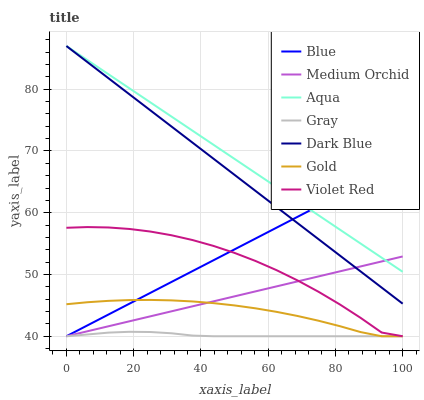
| xaxis_label | Blue | Medium Orchid | Aqua | Gray | Dark Blue | Gold | Violet Red |
 | --- | --- | --- | --- | --- | --- | --- | --- |
 | 0 | 40 | 40 | 87 | 40 | 87 | 45.2 | 57.6 |
 | 6.25 | 41.8 | 40.8 | 84.7 | 40.3 | 84.4 | 45.5 | 57.7 |
 | 12.5 | 43.5 | 41.6 | 82.4 | 40.6 | 81.8 | 45.7 | 57.6 |
 | 18.8 | 45.3 | 42.4 | 80.1 | 40.7 | 79.2 | 45.9 | 57.4 |
 | 25 | 47 | 43.2 | 77.9 | 40.7 | 76.6 | 45.9 | 57 |
 | 31.2 | 48.8 | 44 | 75.6 | 40.5 | 74 | 45.8 | 56.4 |
 | 37.5 | 50.6 | 44.8 | 73.3 | 40.1 | 71.4 | 45.6 | 55.6 |
 | 43.8 | 52.3 | 45.7 | 71 | 40 | 68.7 | 45.4 | 54.6 |
 | 50 | 54.1 | 46.5 | 68.7 | 40 | 66.1 | 45 | 53.5 |
 | 56.2 | 55.8 | 47.3 | 66.4 | 40 | 63.5 | 44.5 | 52.2 |
 | 62.5 | 57.6 | 48.1 | 64.1 | 40 | 60.9 | 44 | 50.7 |
 | 68.8 | 59.3 | 48.9 | 61.9 | 40 | 58.3 | 43.3 | 49 |
 | 75 | 61.1 | 49.7 | 59.6 | 40 | 55.7 | 42.5 | 47.2 |
 | 81.2 | 62.9 | 50.5 | 57.3 | 40 | 53.1 | 41.6 | 45.2 |
 | 87.5 | 64.6 | 51.3 | 55 | 40 | 50.5 | 40.7 | 43 |
 | 93.8 | 66.4 | 52.1 | 52.7 | 40 | 47.9 | 40 | 40.6 |
 | 100 | 68.1 | 52.9 | 50.4 | 40 | 45.3 | 40 | 40 |